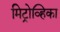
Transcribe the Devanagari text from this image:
मिट्रोव्हिका